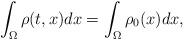
LaTeX: \begin{align*}\int_\Omega \rho(t,x)dx = \int_\Omega \rho_0(x)dx,\end{align*}